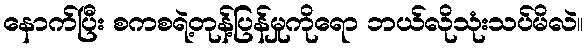
နောက်ပြီး စကစရဲ့တုန့်ပြန်မှုကိုရော ဘယ်လိုသုံးသပ်မိလဲ။